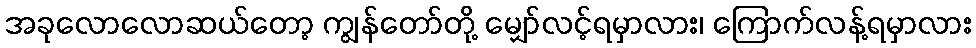
အခုလောလောဆယ်တော့ ကျွန်တော်တို့ မျှော်လင့်ရမှာလား၊ ကြောက်လန့်ရမှာလား